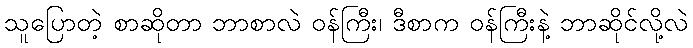
သူပြောတဲ့ စာဆိုတာ ဘာစာလဲ ဝန်ကြီး၊ ဒီစာက ဝန်ကြီးနဲ့ ဘာဆိုင်လို့လဲ